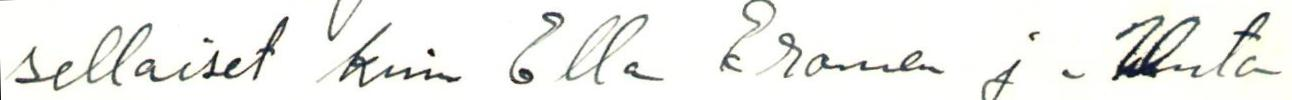
sellaiset kuin Ella Eronen ja Unto